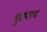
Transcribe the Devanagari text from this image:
भुतनाथ